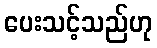
ပေးသင့်သည်ဟု